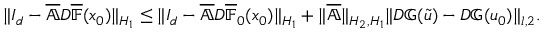
\begin{array} { r } { \| I _ { d } - \overline { { \mathbb { A } } } D \overline { { \mathbb { F } } } ( x _ { 0 } ) \| _ { H _ { 1 } } \leq \| I _ { d } - \overline { { \mathbb { A } } } D \overline { { \mathbb { F } } } _ { 0 } ( x _ { 0 } ) \| _ { H _ { 1 } } + \| \overline { { \mathbb { A } } } \| _ { H _ { 2 } , H _ { 1 } } \| D \mathbb { G } ( \tilde { u } ) - D \mathbb { G } ( u _ { 0 } ) \| _ { l , 2 } . } \end{array}